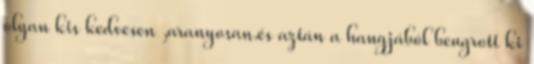
olyan kis kedvesen ,aranyosan.és aztán a hangjából beugrott ki